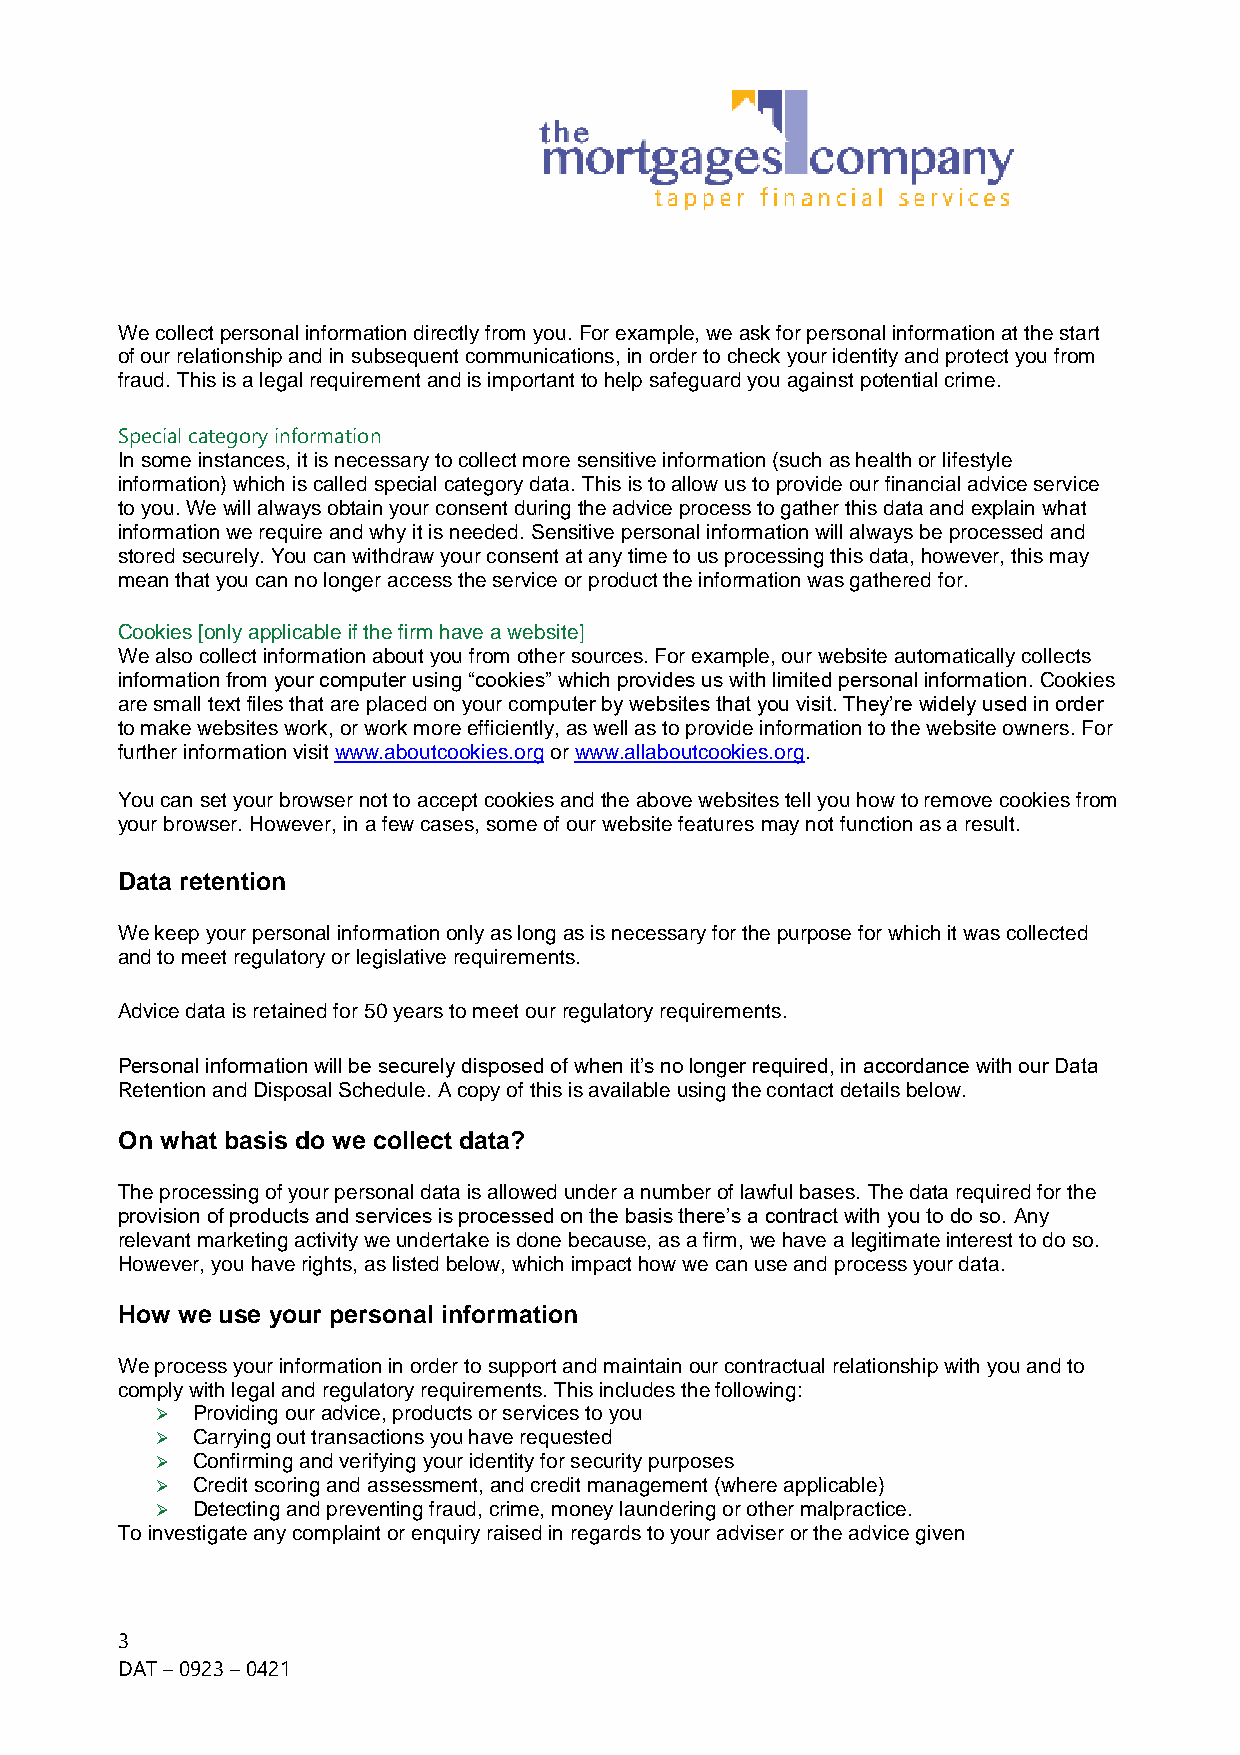
We collect personal information directly from you. For example, we ask for personal information at the start
 of our relationship and in subsequent communications, in order to check your identity and protect you from
 fraud. This is a legal requirement and is important to help safeguard you against potential crime.
 Special category information
 In some instances, it is necessary to collect more sensitive information (such as health or lifestyle
 information) which is called special category data. This is to allow us to provide our financial advice service
 to you. We will always obtain your consent during the advice process to gather this data and explain what
 information we require and why it is needed. Sensitive personal information will always be processed and
 stored securely. You can withdraw your consent at any time to us processing this data, however, this may
 mean that you can no longer access the service or product the information was gathered for.
 Cookies [only applicable if the firm have a website]
 We also collect information about you from other sources. For example, our website automatically collects
 information from your computer using “cookies” which provides us with limited personal information. Cookies
 are small text files that are placed on your computer by websites that you visit. They’re widely used in order
 to make websites work, or work more efficiently, as well as to provide information to the website owners. For
 further information visit www.aboutcookies.org or www.allaboutcookies.org.
 You can set your browser not to accept cookies and the above websites tell you how to remove cookies from
 your browser. However, in a few cases, some of our website features may not function as a result.
 Data retention
 We keep your personal information only as long as is necessary for the purpose for which it was collected
 and to meet regulatory or legislative requirements.
 Advice data is retained for 50 years to meet our regulatory requirements.
 Personal information will be securely disposed of when it’s no longer required, in accordance with our Data
 Retention and Disposal Schedule. A copy of this is available using the contact details below.
 On what basis do we collect data?
 The processing of your personal data is allowed under a number of lawful bases. The data required for the
 provision of products and services is processed on the basis there’s a contract with you to do so. Any
 relevant marketing activity we undertake is done because, as a firm, we have a legitimate interest to do so.
 However, you have rights, as listed below, which impact how we can use and process your data.
 How we use your personal information
 We process your information in order to support and maintain our contractual relationship with you and to
 comply with legal and regulatory requirements. This includes the following:
   Providing our advice, products or services to you
   Carrying out transactions you have requested
   Confirming and verifying your identity for security purposes
   Credit scoring and assessment, and credit management (where applicable)
   Detecting and preventing fraud, crime, money laundering or other malpractice.
 To investigate any complaint or enquiry raised in regards to your adviser or the advice given
 3
 DAT – 0923 – 0421